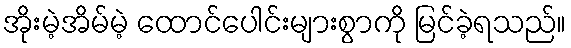
အိုးမဲ့အိမ်မဲ့ ထောင်ပေါင်းများစွာကို မြင်ခဲ့ရသည်။